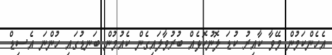
އެހެންކަމުން މޭވާ ކާއިރު ކުޑަ ލޮނުކޮޅެއް ބުރުވާލައިގެން ކެއުމުން ބަނޑުގައި ހުންނަ އެސިޑް